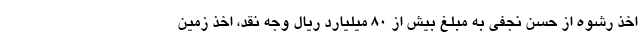
اخذ رشوه از حسن نجفی به مبلغ بیش از ۸۰ میلیارد ریال وجه نقد، اخذ زمین